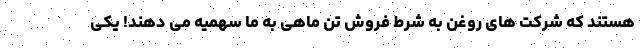
هستند که شرکت های روغن به شرط فروش تن ماهی به ما سهمیه می دهند! یکی